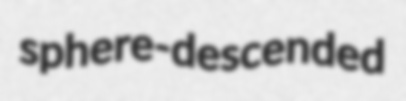
sphere-descended